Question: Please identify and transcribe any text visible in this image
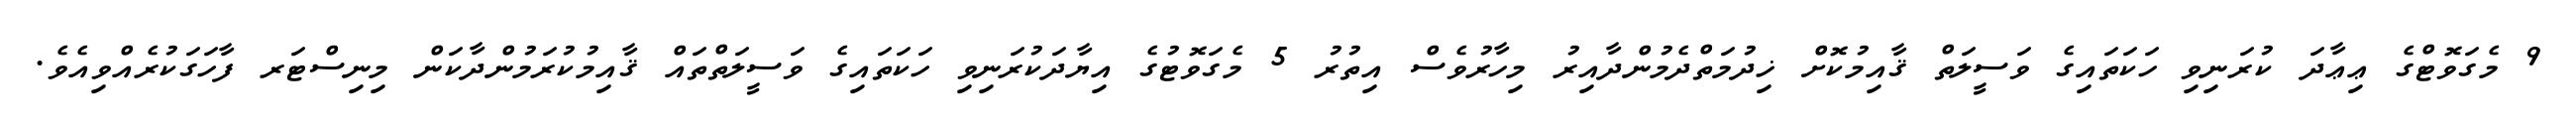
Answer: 9 މެގަވޮޓްގެ ޢިޢާދަ ކުރަނިވި ހަކަތައިގެ ވަސީލަތް ޤާއިމުކޮށް ޚިދުމަތްދެމުންދާއިރު މިހާރުވެސް އިތުރު 5 މެގަވޮޓުގެ އިޔާދަކުރަނިވި ހަކަތައިގެ ވަސީލަތްތައް ޤާއިމުކުރަމުންދާކަން މިނިސްޓަރ ފާހަގަކުރެއްވިއެވެ.